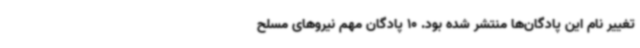
تغییر نام این پادگان‌ها منتشر شده بود. 10 پادگان مهم نیروهای مسلح